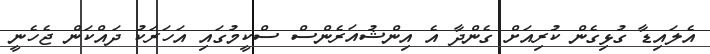
އެލައިޑާ ގުޅިގެން ކުރިއަށް ގެންދާ އެ އިންޝުއަރެންސް ސްކީމުގައި އަހަރަކު ދައްކަން ޖެހެނީ